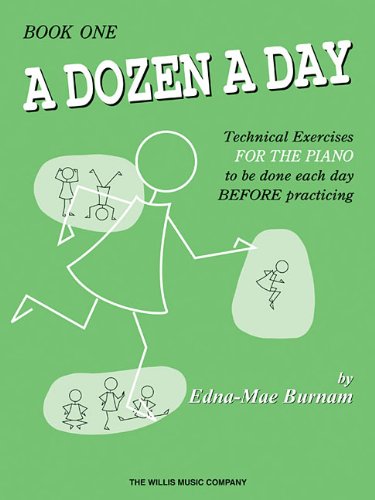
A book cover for A Dozen a Day Book 1; Edna Mae Burnam; Humor & Entertainment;